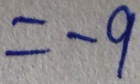
= - 9